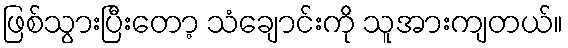
ဖြစ်သွားပြီးတော့ သံချောင်းကို သူအားကျတယ်။